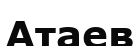
Атаев